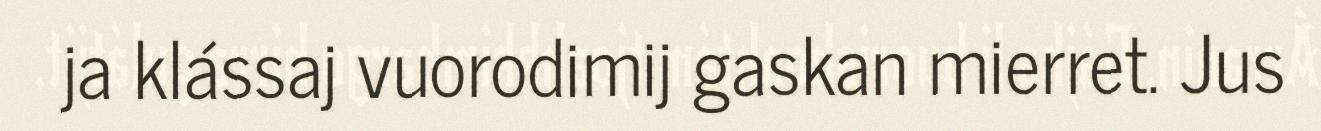
ja klássaj vuorodimij gaskan mierret. Jus